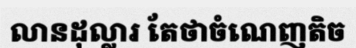
លានដុល្លារ តែថាចំណេញតិច